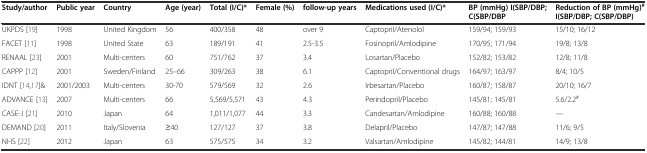
<table><thead><tr><td><b>Study/author</b></td><td><b>Public year</b></td><td><b>Country</b></td><td><b>Age (year)</b></td><td><b>Total (I/C)*</b></td><td><b>Female (%)</b></td><td><b>follow-up years</b></td><td><b>Medications used (I/C)*</b></td><td><b>BP (mmHg) I(SBP/DBP; C(SBP/DBP</b></td><td><b>Reduction of BP (mmHg)<sup>#</sup>I(SBP/DBP; C(SBP/DBP)</b></td></tr></thead><tbody><tr><td>UKPDS [19]</td><td>1998</td><td>United Kingdom</td><td>56</td><td>400/358</td><td>48</td><td>over 9</td><td>Captopril/Atenolol</td><td>159/94; 159/93</td><td>15/10; 16/12</td></tr><tr><td>FACET [11]</td><td>1998</td><td>United State</td><td>63</td><td>189/191</td><td>41</td><td>2.5-3.5</td><td>Fosinopril/Amlodipine</td><td>170/95; 171/94</td><td>19/8; 13/8</td></tr><tr><td>RENAAL [23]</td><td>2001</td><td>Multi-centers</td><td>60</td><td>751/762</td><td>37</td><td>3.4</td><td>Losartan/Placebo</td><td>152/82; 153/82</td><td>12/8; 11/8</td></tr><tr><td>CAPPP [12]</td><td>2001</td><td>Sweden/Finland</td><td>25–66</td><td>309/263</td><td>38</td><td>6.1</td><td>Captopril/Conventional drugs</td><td>164/97; 163/97</td><td>8/4; 10/5</td></tr><tr><td>IDNT [14, 17]&amp;</td><td>2001/2003</td><td>Multi-centers</td><td>30-70</td><td>579/569</td><td>32</td><td>2.6</td><td>Irbesartan/Placebo</td><td>160/87; 158/87</td><td>20/10; 16/7</td></tr><tr><td>ADVANCE [13]</td><td>2007</td><td>Multi-centers</td><td>66</td><td>5,569/5,571</td><td>43</td><td>4.3</td><td>Perindopril/Placebo</td><td>145/81; 145/81</td><td>5.6/2.2<sup>#</sup></td></tr><tr><td>CASE-J [21]</td><td>2010</td><td>Japan</td><td>64</td><td>1,011/1,077</td><td>44</td><td>3.3</td><td>Candesartan/Amlodipine</td><td>160/88; 160/88</td><td>---</td></tr><tr><td>DEMAND [20]</td><td>2011</td><td>Italy/Slovenia</td><td>≥40</td><td>127/127</td><td>37</td><td>3.8</td><td>Delapril/Placebo</td><td>147/87; 147/88</td><td>11/6; 9/5</td></tr><tr><td>NHS [22]</td><td>2012</td><td>Japan</td><td>63</td><td>575/575</td><td>34</td><td>3.2</td><td>Valsartan/Amlodipine</td><td>145/82; 144/81</td><td>14/9; 13/8</td></tr></tbody></table>